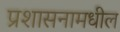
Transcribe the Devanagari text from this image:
प्रशासनामधील